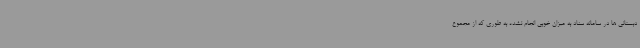
دبستانی ها در سامانه سناد به میزان خوبی انجام نشده به طوری که از مجموع